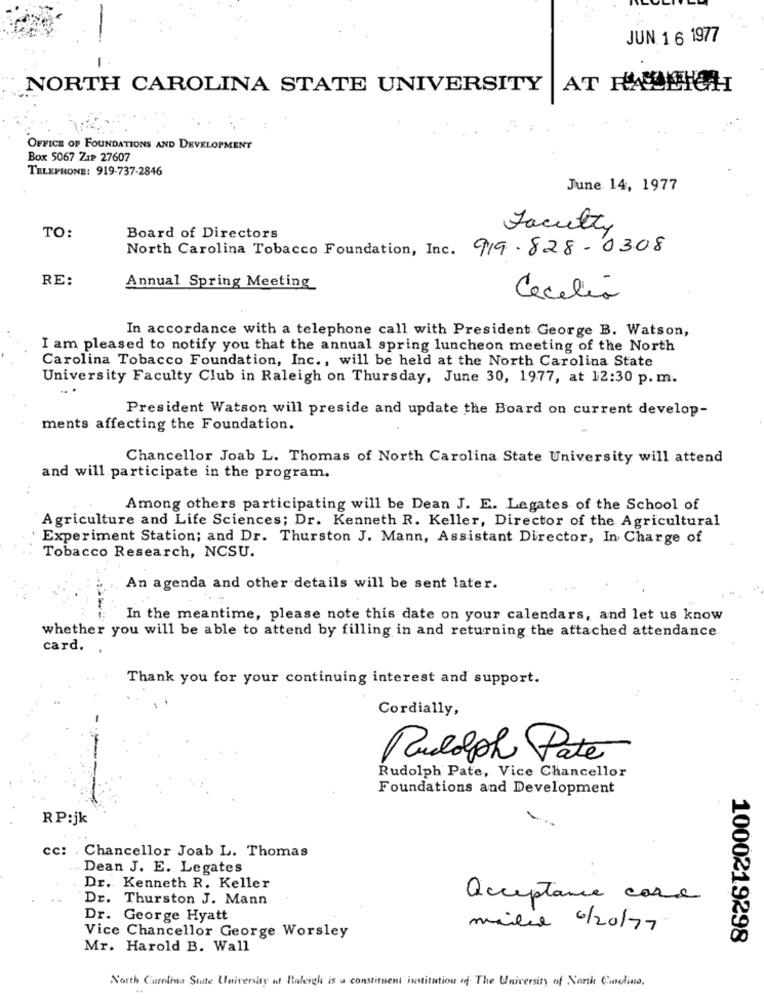
JUN 1 6 1977
NORTH CAROLINA STATE UNIVERSITY
OFFICE OF FOUNDATIONS AND DEVELOPMENT
Box 5067 ZIP 27607
TELEPHONE: 919-737-2846
June 14, 1977
Faculty
TO:
Board of Directors
North Carolina Tobacco Foundation, Inc. 919.828-0308
RE:
Annual Spring Meeting
Cecelia
In accordance with a telephone call with President George B. Watson,
I am pleased to notify you that the annual spring luncheon meeting of the North
Carolina Tobacco Foundation, Inc ., will be held at the North Carolina State
University Faculty Club in Raleigh on Thursday, June 30, 1977, at 12:30 p. m.
President Watson will preside and update the Board on current develop-
ments affecting the Foundation.
Chancellor Joab L. Thomas of North Carolina State University will attend
and will participate in the program.
Among others participating will be Dean J. E. Legates of the School of
Agriculture and Life Sciences; Dr. Kenneth R. Keller, Director of the Agricultural
Experiment Station; and Dr. Thurston J. Mann, Assistant Director, In Charge of
Tobacco Research, NCSU.
An agenda and other details will be sent later.
In the meantime, please note this date on your calendars, and let us know
whether you will be able to attend by filling in and returning the attached attendance
card. .
Thank you for your continuing interest and support.
Cordially,
Puldph Pate
Rudolph Pate, Vice Chancellor
Foundations and Development
RP:jk
cc: Chancellor Joab L. Thomas
Dean J. E. Legates
Dr. Kenneth R. Keller
Dr. Thurston J. Mann
acceptance care
Dr. George Hyatt
mailed 6/20/77
Vice Chancellor George Worsley
1000219298
Mr. Harold B. Wall
North Carolina State University at Raleigh is a constituent institution of The University of North Carolina.